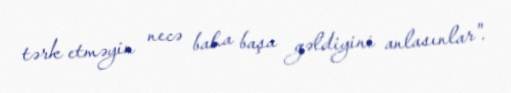
tərk etməyin necə baha başa gəldiyini anlasınlar".